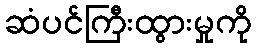
ဆံပင်ကြီးထွားမှုကို